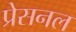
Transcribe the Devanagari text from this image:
प्रेसनल